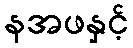
နအဖနှင့်